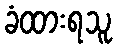
ခံထားရသူ